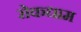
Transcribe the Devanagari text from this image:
रोकधाम